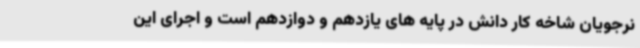
نرجویان شاخه کار دانش در پایه های یازدهم و دوازدهم است و اجرای این